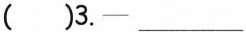
( )3.— ___